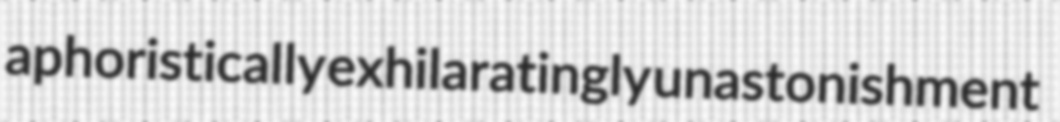
aphoristically exhilaratingly unastonishment